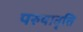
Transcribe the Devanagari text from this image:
परुषावृत्ति